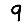
Digit: 9